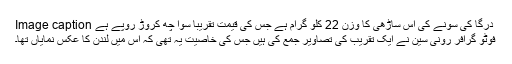
Image caption درگا کی سونے کی اس ساڑھی کا وزن 22 کلو گرام ہے جس کی قیمت تقریبا سوا چھ کروڑ روپے ہے
فوٹو گرافر رونی سین نے ایک تقریب کی تصاویر جمع کی ہیں جس کی خاصیت یہ تھی کہ اس میں لندن کا عکس نمایاں تھا۔